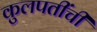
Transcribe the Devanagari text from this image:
कुलपतींची